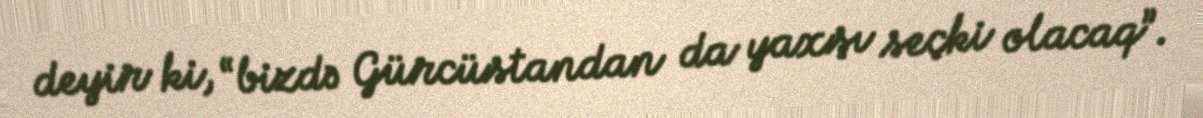
deyir ki, “bizdə Gürcüstandan da yaxşı seçki olacaq”.